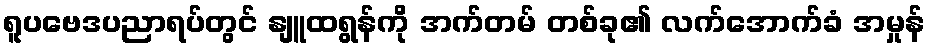
ရူပဗေဒပညာရပ်တွင် နျူထရွန်ကို အက်တမ် တစ်ခု၏ လက်အောက်ခံ အမှုန်